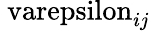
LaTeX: \mathrm{\ varepsilon}_{ij}